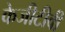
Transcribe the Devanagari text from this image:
केजीटीवी